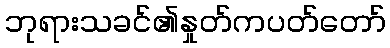
ဘုရားသခင်၏နှုတ်ကပတ်တော်